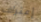
إعتراف